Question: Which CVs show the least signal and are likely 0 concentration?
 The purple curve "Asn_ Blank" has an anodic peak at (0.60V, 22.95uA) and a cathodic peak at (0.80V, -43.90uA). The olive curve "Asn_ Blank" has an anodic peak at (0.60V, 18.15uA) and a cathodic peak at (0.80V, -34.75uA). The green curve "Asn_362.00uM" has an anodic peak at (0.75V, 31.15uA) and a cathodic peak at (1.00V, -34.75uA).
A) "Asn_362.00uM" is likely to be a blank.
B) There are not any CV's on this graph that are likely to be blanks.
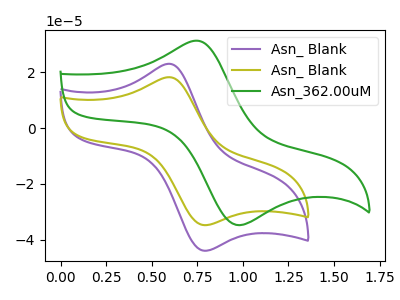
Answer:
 <answer>B) There are not any CV's on this graph that are likely to be blanks.</answer>
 <eval>B</eval>